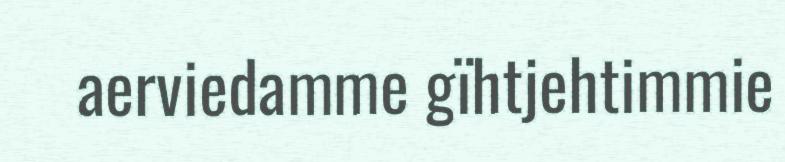
aerviedamme gïhtjehtimmie